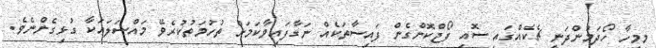
މިމީހާ ހޯދަމުންދަނީ ޗެކެއްގައި ސޮއި ފޯޖްކޮށްގެން ފައިސާތަކެއް ނަގާފައިވާކަމަށް ތުހުމަތުކުރެވޭ މައްސަލައަކާ ގުޅިގެންނެވެ.